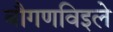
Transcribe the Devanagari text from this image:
बौगणविइले